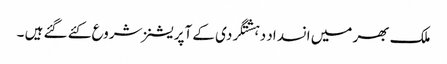
ملک بھر میں انسداد دہشتگردی کے آپریشنز شروع کئے گئے ہیں ۔